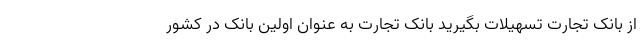
از بانک تجارت تسهیلات بگیرید بانک تجارت به عنوان اولین بانک در کشور